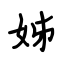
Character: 姊